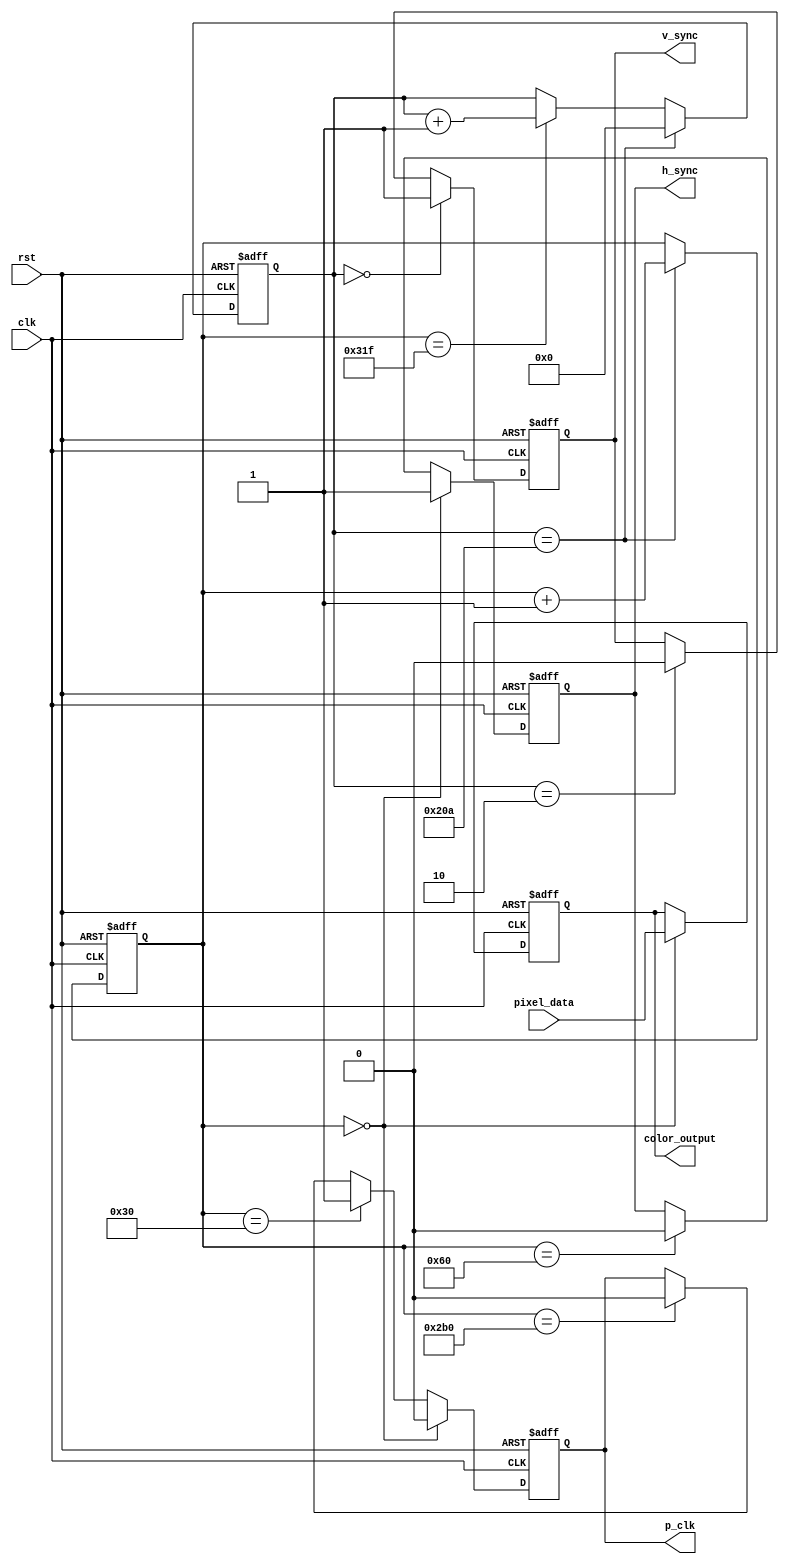
module VGA_Controller (
    input clk,  // Clock signal
    input rst,  // Reset signal
    input [7:0] pixel_data,  // Input pixel data
    output h_sync,  // Horizontal synchronization signal
    output v_sync,  // Vertical synchronization signal
    output p_clk,  // Pixel clock signal
    output [7:0] color_output  // Output color data for VGA display
);

// VGA timing parameter definitions
parameter H_SYNC_COUNT = 96;  // Horizontal synchronization pulse width
parameter H_BACKPORCH = 48;  // Horizontal back porch width
parameter H_ACTIVE = 640;  // Horizontal active display width
parameter H_FRONTPORCH = 16;  // Horizontal front porch width
parameter V_SYNC_COUNT = 2;  // Vertical synchronization pulse width
parameter V_BACKPORCH = 33;  // Vertical back porch width
parameter V_ACTIVE = 480;  // Vertical active display height
parameter V_FRONTPORCH = 10;  // Vertical front porch width

reg [9:0] h_counter;  // Horizontal counter
reg [9:0] v_counter;  // Vertical counter

reg h_sync_reg;  // Horizontal synchronization signal
reg v_sync_reg;  // Vertical synchronization signal
reg p_clk_reg;  // Pixel clock signal
reg [7:0] color_reg;  // Color data register

always @ (posedge clk or posedge rst) begin
    if (rst) begin
        h_counter <= 0;
        v_counter <= 0;
        h_sync_reg <= 1'b0;
        v_sync_reg <= 1'b0;
        p_clk_reg <= 1'b0;
        color_reg <= 8'b0;
    end else begin
        if (h_counter == 0) begin
            h_sync_reg <= 1'b1;
        end else if (h_counter == H_SYNC_COUNT) begin
            h_sync_reg <= 1'b0;
        end 
        
        if (v_counter == 0) begin
            v_sync_reg <= 1'b1;
        end else if (v_counter == V_SYNC_COUNT) begin
            v_sync_reg <= 1'b0;
        end 
        
        if (h_counter == 0) begin
            p_clk_reg <= 1'b0;
            color_reg <= pixel_data;
        end else if (h_counter == H_BACKPORCH) begin
            p_clk_reg <= 1'b1;
        end else if (h_counter == H_BACKPORCH + H_ACTIVE) begin
            p_clk_reg <= 1'b0;
        end 

        if (h_counter == H_SYNC_COUNT + H_BACKPORCH + H_ACTIVE + H_FRONTPORCH - 1) begin
            v_counter <= v_counter + 1;
        end 
        
        if (v_counter == V_BACKPORCH + V_ACTIVE + V_FRONTPORCH - 1) begin
            h_counter <= h_counter + 1;
            v_counter <= 0;
        end 
    end
end

assign h_sync = h_sync_reg;
assign v_sync = v_sync_reg;
assign p_clk = p_clk_reg;
assign color_output = color_reg;

endmodule